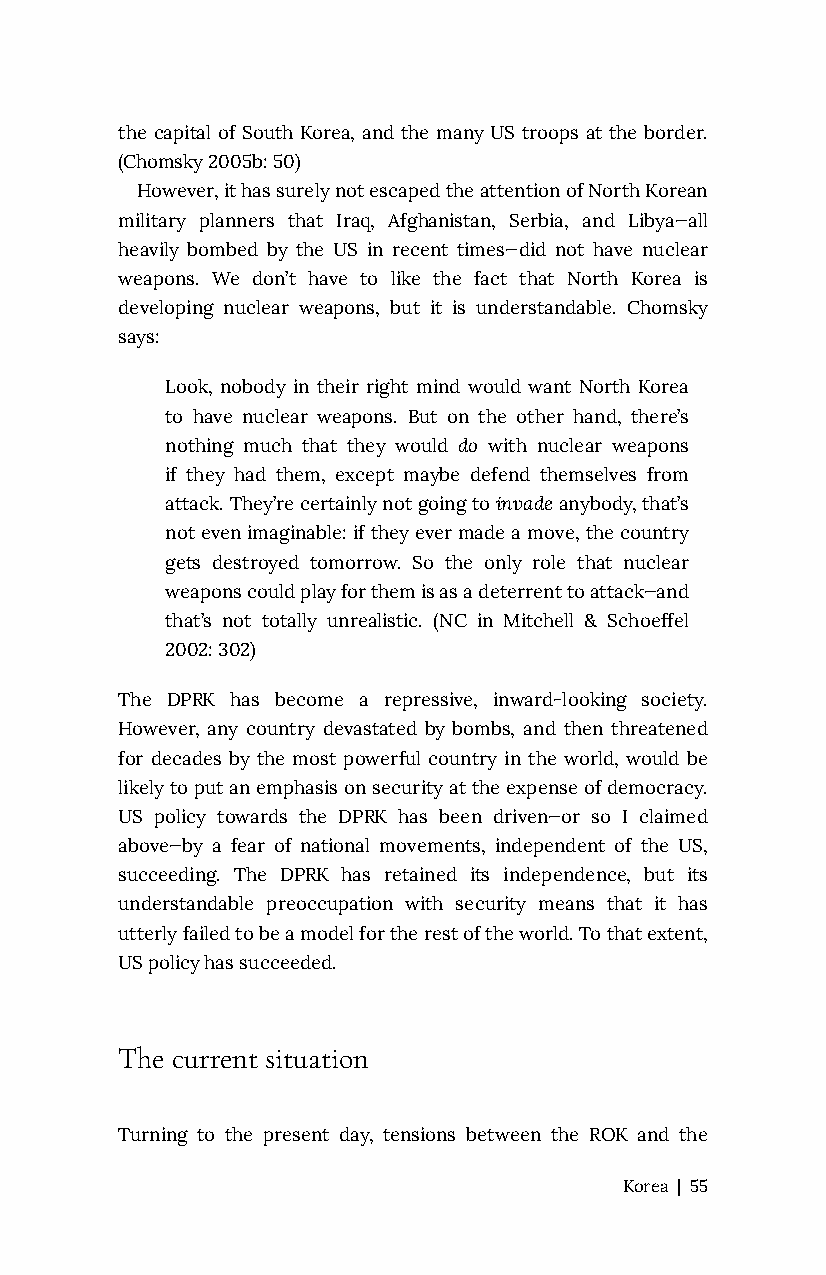
the capital of South Korea, and the many US troops at the border.
 (Chomsky 2005b: 50)
 However, it has surely not escaped the attention of North Korean
 military planners that Iraq, Afghanistan, Serbia, and Libya—all
 heavily bombed by the US in recent times—did not have nuclear
 weapons. We don’t have to like the fact that North Korea is
 developing nuclear weapons, but it is understandable. Chomsky
 says:
 Look, nobody in their right mind would want North Korea
 to have nuclear weapons. But on the other hand, there’s
 nothing much that they would do with nuclear weapons
 if they had them, except maybe defend themselves from
 attack. They’re certainly not going to invade anybody, that’s
 not even imaginable: if they ever made a move, the country
 gets destroyed tomorrow. So the only role that nuclear
 weapons could play for them is as a deterrent to attack—and
 that’s not totally unrealistic. (NC in Mitchell & Schoeffel
 2002: 302)
 The DPRK has become a repressive, inward-looking society.
 However, any country devastated by bombs, and then threatened
 for decades by the most powerful country in the world, would be
 likely to put an emphasis on security at the expense of democracy.
 US policy towards the DPRK has been driven—or so I claimed
 above—by a fear of national movements, independent of the US,
 succeeding. The DPRK has retained its independence, but its
 understandable preoccupation with security means that it has
 utterly failed to be a model for the rest of the world. To that extent,
 US policy has succeeded.
 The current situation
 Turning to the present day, tensions between the ROK and the
 Korea | 55